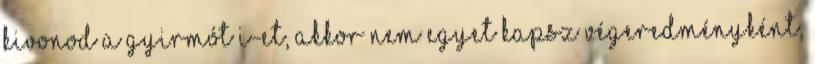
kivonod a Gyirmót I-et, akkor nem egyet kapsz végeredményként,